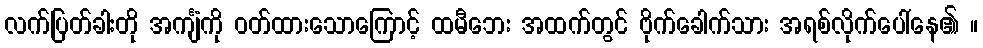
လက်ပြတ်ခါးတို အင်္ကျံကို ဝတ်ထားသောကြောင့် ထမီဘေး အထက်တွင် ဗိုက်ခေါက်သား အရစ်လိုက်ပေါ်နေ၏ ။